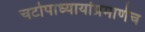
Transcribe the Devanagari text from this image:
चटोपाध्यायांप्रमाणेच